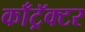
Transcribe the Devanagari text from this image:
काँट्रॅक्टर